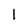
Character: 1